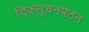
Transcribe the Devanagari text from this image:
दिक्सूचनपठन